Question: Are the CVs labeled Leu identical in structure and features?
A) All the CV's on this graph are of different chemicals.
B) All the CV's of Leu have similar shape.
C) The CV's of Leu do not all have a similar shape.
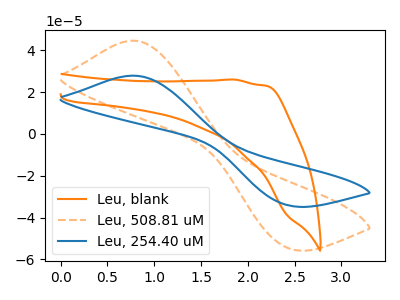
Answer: <think>The orange curve "Leu, blank" has no peaks. The orange dashed curve "Leu, 508.81 uM" has an anodic peak at (0.75V, 44.65uA) and a cathodic peak at (2.45V, -54.60uA). The blue curve "Leu, 254.40 uM" has an anodic peak at (0.75V, 27.90uA) and a cathodic peak at (2.45V, -34.15uA).
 "Leu, blank" and "Leu, 508.81 uM" have a different number of peaks. "Leu, blank" and "Leu, 254.40 uM" have a different number of peaks. All the peaks in "Leu, 508.81 uM" have a peak in "Leu, 254.40 uM" at the same potential. Every peak in "Leu, 508.81 uM" is higher than every peak in "Leu, 254.40 uM".</think>
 <answer>B) All the CV's of "Leu" have similar shape.</answer>
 <eval>B</eval>